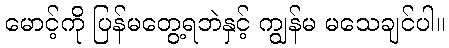
မောင့်ကို ပြန်မတွေ့ရဘဲနှင့် ကျွန်မ မသေချင်ပါ။